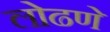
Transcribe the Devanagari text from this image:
लोढणे